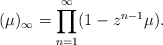
\begin{align*}(\mu)_\infty = \prod_{n=1}^\infty(1-z^{n-1}\mu).\end{align*}